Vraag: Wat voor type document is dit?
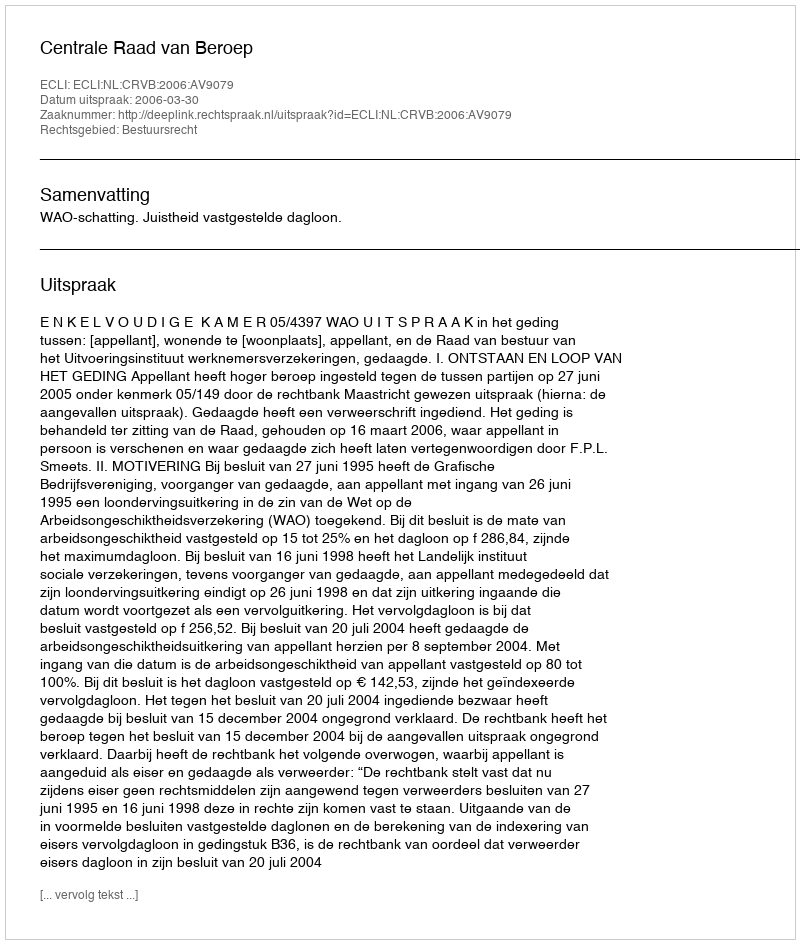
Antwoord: Uitspraak